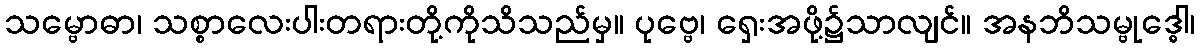
သမ္ဗောဓာ၊ သစ္စာလေးပါးတရားတို့ကိုသိသည်မှ။ ပုဗ္ဗေ၊ ရှေးအဖို့၌သာလျင်။ အနဘိသမ္ဗုဒ္ဓေါ၊